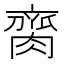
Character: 䐡